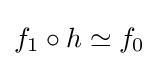
f_{1}\circ h\simeq f_{0}